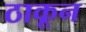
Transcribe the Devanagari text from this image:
ठाकून